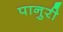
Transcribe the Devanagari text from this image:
पानुरी